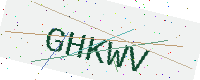
Text: GHKWV